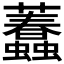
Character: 𧕷